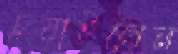
চুয়াইলেন